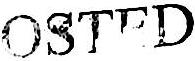
POSTED